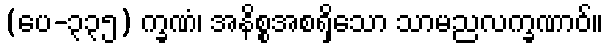
(ပေ-၃၃၅) က္ခဏံ၊ အနိစ္စအစရှိသော သာမညလက္ခဏာဝ်။